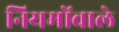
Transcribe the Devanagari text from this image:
नियमोंवाले